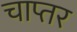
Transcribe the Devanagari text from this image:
चाप्तर